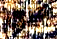
حري